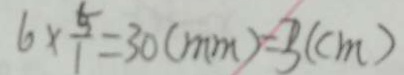
6 \times \frac { 5 } { 1 } = 3 0 ( m m ) = 3 ( c m )